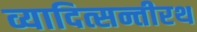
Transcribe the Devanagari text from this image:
व्यादित्सन्तीरथ